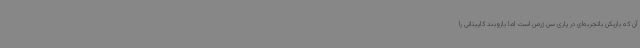
آن که بازیکن باتجربه‌ای در پاری سن ژرمن است اما بازوبند کاپیتانی را